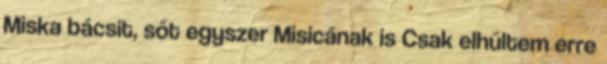
Miska bácsit, sőt egyszer Misicának is Csak elhűltem erre